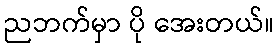
ညဘက်မှာ ပို အေးတယ်။